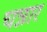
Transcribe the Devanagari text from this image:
चन्नार